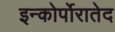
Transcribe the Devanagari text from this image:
इन्कोर्पोरातेद